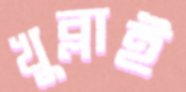
খুব্‌লাই